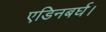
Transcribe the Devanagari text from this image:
एडिनबर्घ।